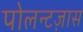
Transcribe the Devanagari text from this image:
पोलन्टज़ास